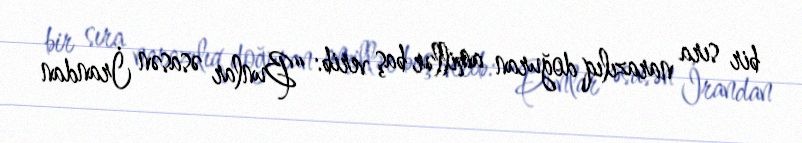
bir sıra narazılıq doğuran amillər baş verib: “Bunlar əsasən İrandan